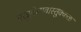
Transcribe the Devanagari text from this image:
मरन्नुवेचावास्तुक्कळ